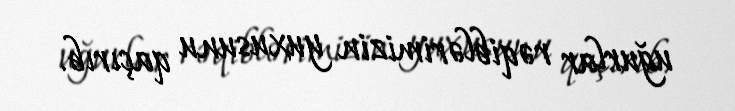
uğurlar rəqiblərimizin yuxusunu qaçırıb.